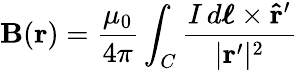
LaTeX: \mathbf{B}(\mathbf{r})={\frac{\mu_{0}}{4\pi}}\int_{C}{\frac{I\, d{\boldsymbol{\ell}}\times\mathbf{{\hat{r}}^{\prime}}}{|\mathbf{r^{\prime}}|^{2}}}